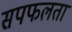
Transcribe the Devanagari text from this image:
सपफलता